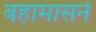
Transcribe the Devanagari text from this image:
बहामासने